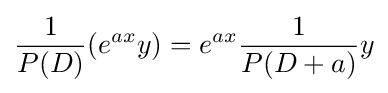
{\frac {1}{P(D)}}(e^{ax}y)=e^{ax}{\frac {1}{P(D+a)}}y